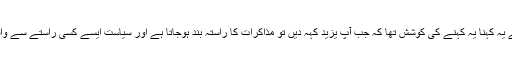
اور انہوں نے یہ کہنا یہ کہنے کی کوشش تھا کہ جب آپ یزید کہہ دیں تو مذاکرات کا راستہ بند ہوجاتا ہے اور سیاست ایسے کسی راستے سے واقف نہیں ہے۔